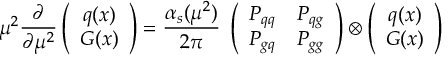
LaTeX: \mu ^ { 2 } { \frac { \partial } { \partial \mu ^ { 2 } } } \left( \begin{array} { c } { { q ( x ) } } \\ { { G ( x ) } } \end{array} \right) = { \frac { \alpha _ { s } ( \mu ^ { 2 } ) } { 2 \pi } } \; \left( \begin{array} { c c } { { P _ { q q } } } & { { P _ { q g } } } \\ { { P _ { g q } } } & { { P _ { g g } } } \end{array} \right) \otimes \left( \begin{array} { c } { { q ( x ) } } \\ { { G ( x ) } } \end{array} \right)